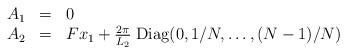
LaTeX: \begin{align*}\begin{array}{lll}A_1 & = & 0 \\A_2 & = & F x_1 + \frac{2 \pi}{L_2} \;{\rm Diag} (0, 1/N, \ldots, (N -1)/N)\end{array}\end{align*}